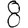
Digit: 8